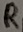
Text: R1